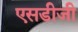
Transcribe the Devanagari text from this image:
एसडीजी